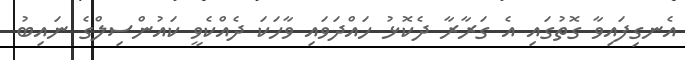
އެނގިފައިވާ ގޮތުގައި އެ ގަރާރާ ދެކޮޅު ހައްދަވައި ވާހަކަ ދެއްކެވީ ކައުންސިލްގެ ނައިބު